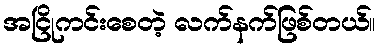
အငြိုကင်းစေတဲ့ လက်နက်ဖြစ်တယ်။